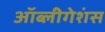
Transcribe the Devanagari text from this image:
ऑब्लीगेशंस